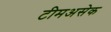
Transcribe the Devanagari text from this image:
टीमअसेक